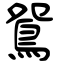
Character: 鴛